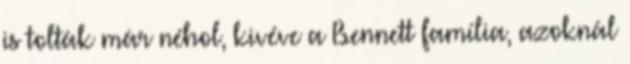
is tolták már néhol, kivéve a Bennett família, azoknál